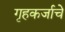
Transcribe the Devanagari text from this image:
गृहकर्जाचे